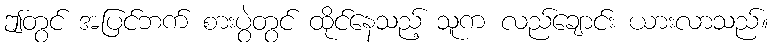
ဤတွင် အပြင်ဘက် စားပွဲတွင် ထိုင်နေသည့် သူက လည်ချောင်း ယားလာသည်။